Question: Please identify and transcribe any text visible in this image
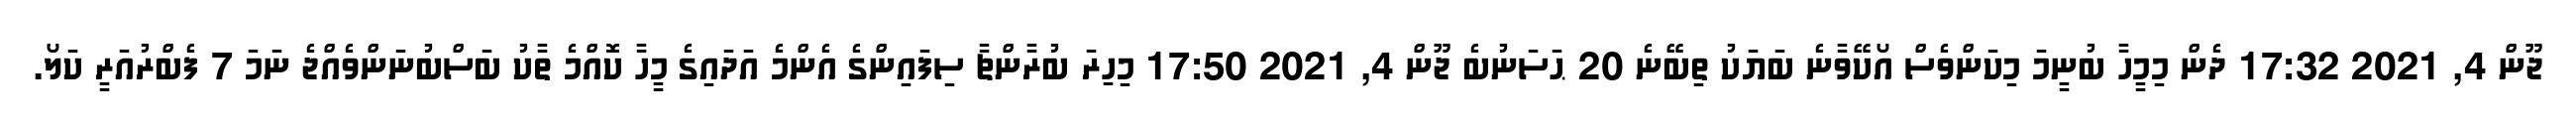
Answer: ޖޫން 4, 2021 17:32 ދެން މިމީހާ ބުނީމަ މިކަންވެސް އޯކޭވާނެ ބަޔަކު ތިބޭނެ 20 ޙަސަނުބެ ޖޫން 4, 2021 17:50 މިހިރަ ބުރާންޗާ ސިފައިންގެ އެންމެ އަދައިގެ މީހާ ކޮއްމެ ތާކު ބަސްބުނަންވެއްޖެ ނަމަ 7 ފެބްރުއަރީ ކަލޯ.